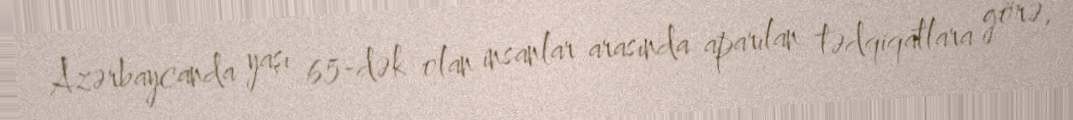
Azərbaycanda yaşı 65-dək olan insanlar arasında aparılan tədqiqatlara görə,